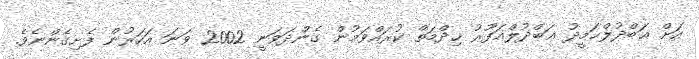
އަށް ޢަބްދުލްޙަމީދު ޢަބްދުލްޣަފޫރު ޚިދްމަތް ކުރައްވަމުން ގެންދަވަނީ 2002 ވަނަ އަހަރުން ފެށިގެންނެވެ.